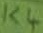
Text: K4